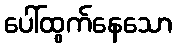
ပေါ်ထွက်နေသော